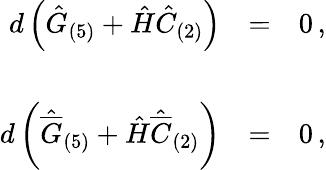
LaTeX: \begin{array}{rcl}{{d\left(\hat{G}_{(5)}+\hat{H}\hat{C}_{(2)}\right)}}&{{=}}&{{0\, ,}}\\ {{}}&{{}}&{{}}\\ {{d\left(\hat{\overline{{{G}}}}_{(5)}+\hat{H}\hat{\overline{{{C}}}}_{(2)}\right)}}&{{=}}&{{0\, ,}}\end{array}